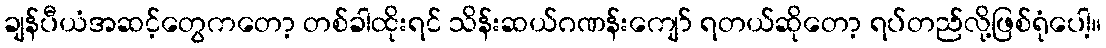
ချန်ပီယံအဆင့်တွေကတော့ တစ်ခါထိုးရင် သိန်းဆယ်ဂဏန်းကျော် ရတယ်ဆိုတော့ ရပ်တည်လို့ဖြစ်ရုံပေါ့။